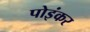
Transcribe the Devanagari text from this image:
पोइंकर